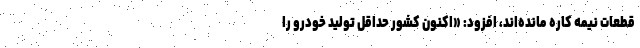
قطعات نیمه کاره مانده‌اند، افزود: «اکنون کشور حداقل تولید خودرو را